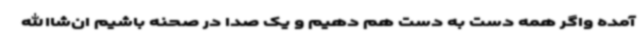
آمده واگر همه دست به دست هم دهیم و یک صدا در صحنه باشیم ان‌شاالله